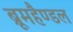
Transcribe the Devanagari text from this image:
ब्रूमहैण्डल